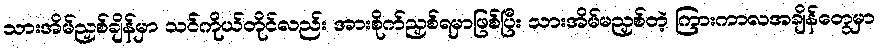
သားအိမ်ညှစ်ချိန်မှာ သင်ကိုယ်တိုင်လည်း အားစိုက်ညှစ်ရမှာဖြစ်ပြီး သားအိမ်မညှစ်တဲ့ ကြားကာလအချိန်တွေမှာ